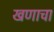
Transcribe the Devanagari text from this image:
खणाचा